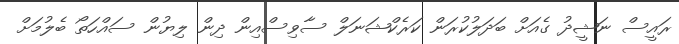
ރައީސް ނަޝީދު ގެއަށް ބަދަލުކުރަން ކަރެކްޝަނަލް ސާވިސްއިން ދިން ލިޔުން ސައްހަތޯ ބެލުމަށް